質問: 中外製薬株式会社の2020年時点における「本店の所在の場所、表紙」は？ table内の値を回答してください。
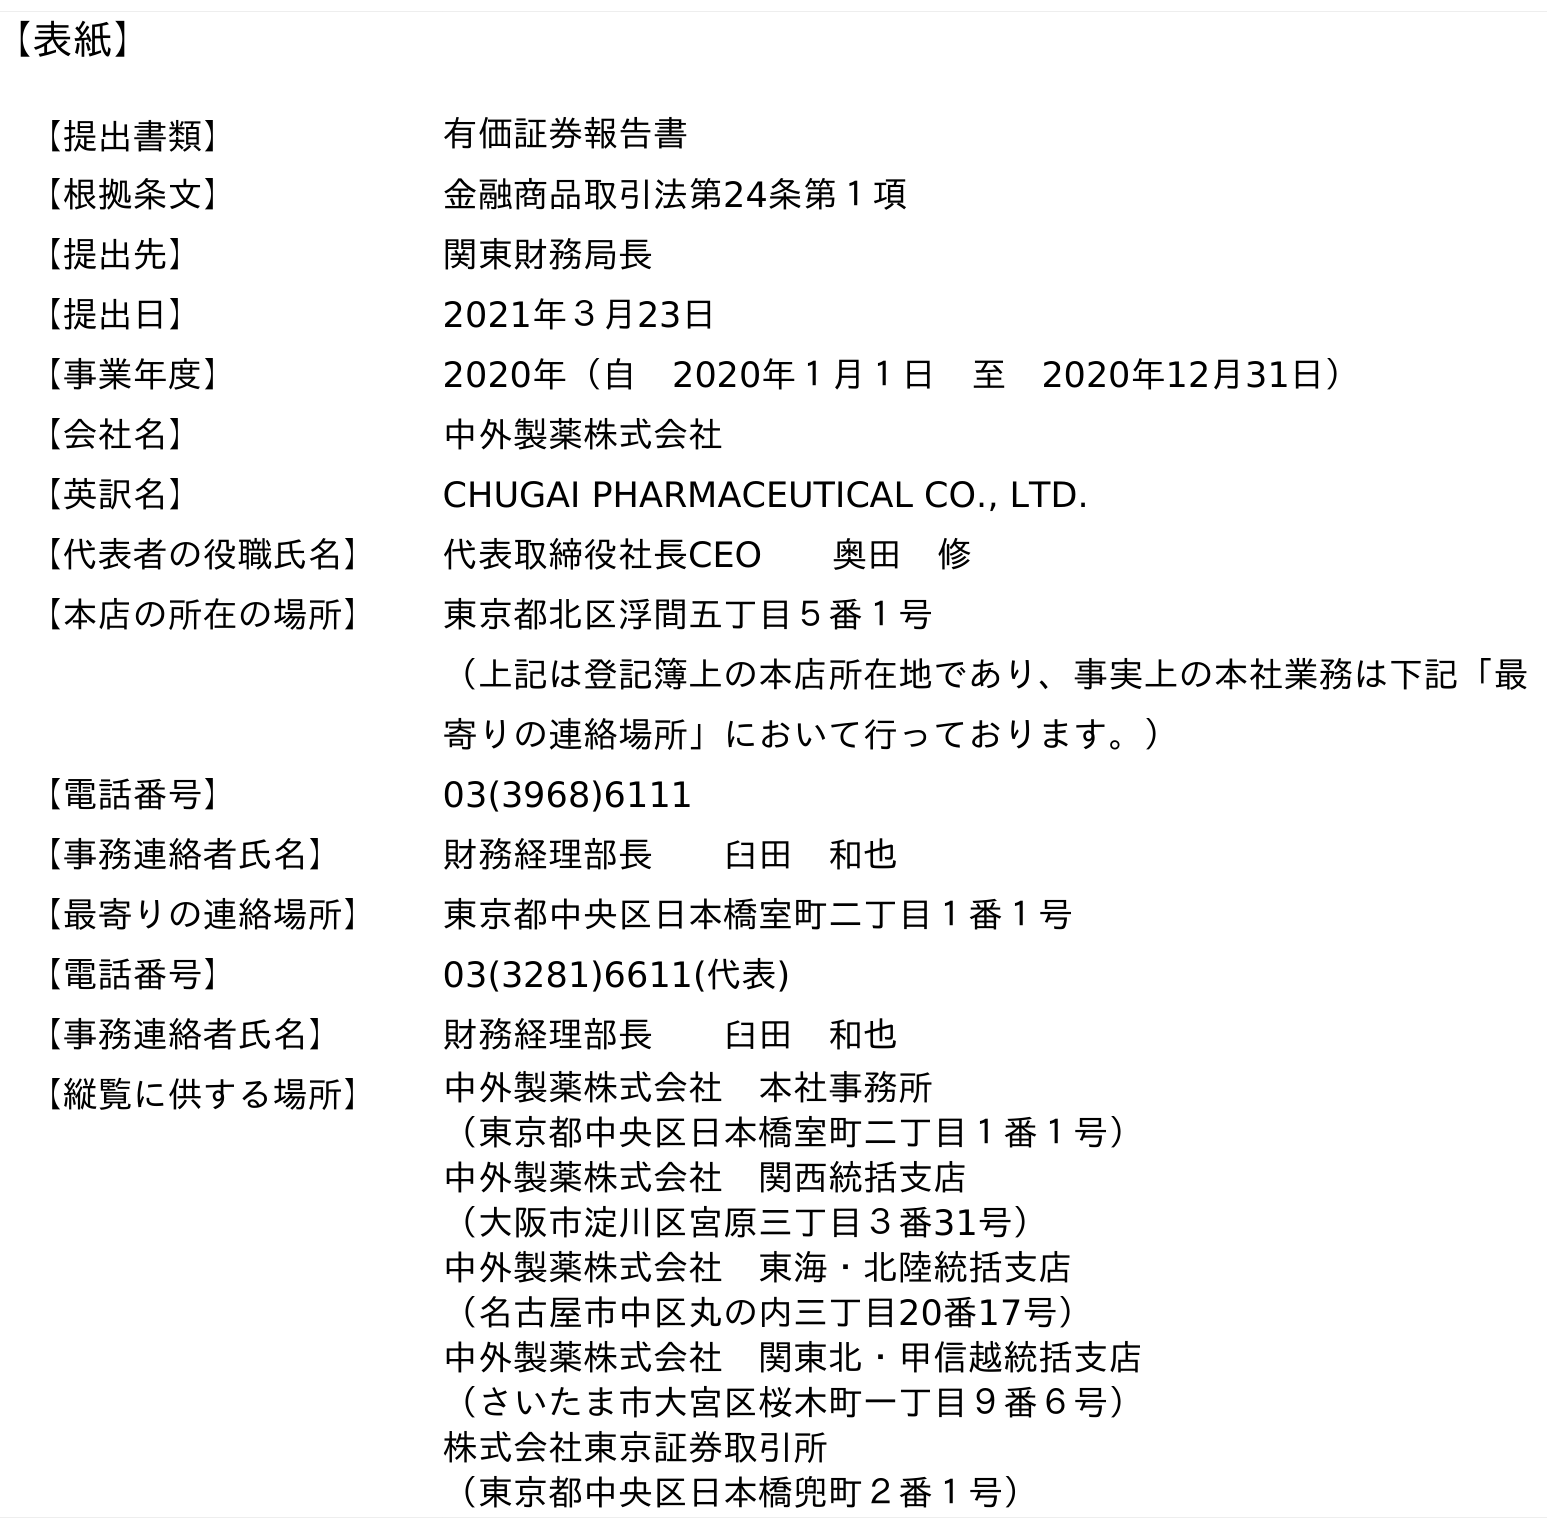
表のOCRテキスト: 【表紙】 【提出書類】 有価証券報告書 【根拠条文】 金融商品取引法第24条第１項 【提出先】 関東財務局長 【提出日】 2021年３月23日 【事業年度】 2020年（自 2020年１月１日 至 2020年12月31日） 【会社名】 中外製薬株式会社 【英訳名】 CHUGAI PHARMACEUTICAL CO., LTD. 【代表者の役職氏名】 代表取締役社長CEO  奥田 修 【本店の所在の場所】 東京都北区浮間五丁目５番１号 （上記は登記簿上の本店所在地であり、事実上の本社業務は下記「最 寄りの連絡場所」において行っております。） 【電話番号】 03(3968)6111 【事務連絡者氏名】 財務経理部長  臼田 和也 【最寄りの連絡場所】 東京都中央区日本橋室町二丁目１番１号 【電話番号】 03(3281)6611(代表) 【事務連絡者氏名】 財務経理部長  臼田 和也 【縦覧に供する場所】 中外製薬株式会社 本社事務所 （東京都中央区日本橋室町二丁目１番１号） 中外製薬株式会社 関西統括支店 （大阪市淀川区宮原三丁目３番31号） 中外製薬株式会社 東海・北陸統括支店 （名古屋市中区丸の内三丁目20番17号） 中外製薬株式会社 関東北・甲信越統括支店 （さいたま市大宮区桜木町一丁目９番６号） 株式会社東京証券取引所 （東京都中央区日本橋兜町２番１号）
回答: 東京都北区浮間五丁目５番１号（上記は登記簿上の本店所在地であり、事実上の本社業務は下記「最寄りの連絡場所」において行っております。）